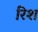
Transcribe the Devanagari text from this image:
रिश